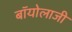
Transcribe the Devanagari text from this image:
बॉयोलाजी